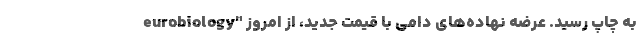
eurobiology" به چاپ رسید. عرضه نهاده‌های دامی با قیمت جدید، از امروز